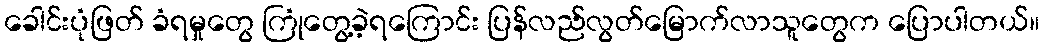
ခေါင်းပုံဖြတ် ခံရမှုတွေ ကြုံတွေ့ခဲ့ရကြောင်း ပြန်လည်လွတ်မြောက်လာသူတွေက ပြောပါတယ်။